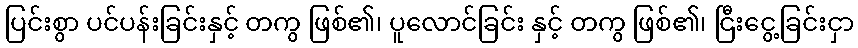
ပြင်းစွာ ပင်ပန်းခြင်းနှင့် တကွ ဖြစ်၏၊ ပူလောင်ခြင်း နှင့် တကွ ဖြစ်၏၊ ငြီးငွေ့ခြင်းငှာ